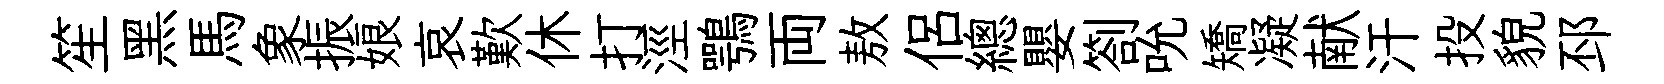
笙黑馬象振娘哀歎休打涇鶚両敖侣總嬰劄吮矯凝献汗投貌邳